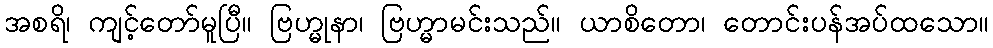
အစရိ၊ ကျင့်တော်မူပြီ။ ဗြဟ္မုနာ၊ ဗြဟ္မာမင်းသည်။ ယာစိတော၊ တောင်းပန်အပ်ထသော။